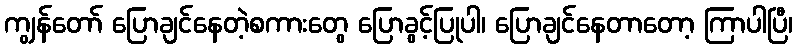
ကျွန်တော် ပြောချင်နေတဲ့စကားတွေ ပြောခွင့်ပြုပါ၊ ပြောချင်နေတာတော့ ကြာပါပြီ၊